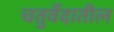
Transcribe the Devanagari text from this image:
चतुर्वेदातील